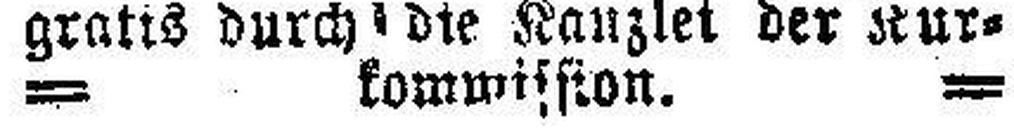
= kommission =